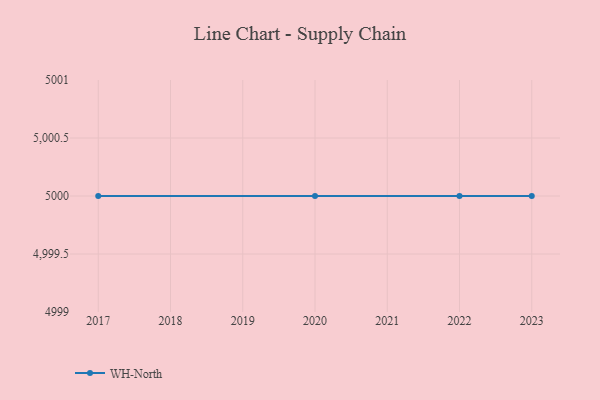
{"axis": {"x": "Year", "y": "Churn Rate (%)"}, "legend": ["WH-North"], "data": [{"x": "2017", "y": 5000, "type": "WH-North"}, {"x": "2022", "y": 5000, "type": "WH-North"}, {"x": "2020", "y": 5000, "type": "WH-North"}, {"x": "2023", "y": 5000, "type": "WH-North"}]}